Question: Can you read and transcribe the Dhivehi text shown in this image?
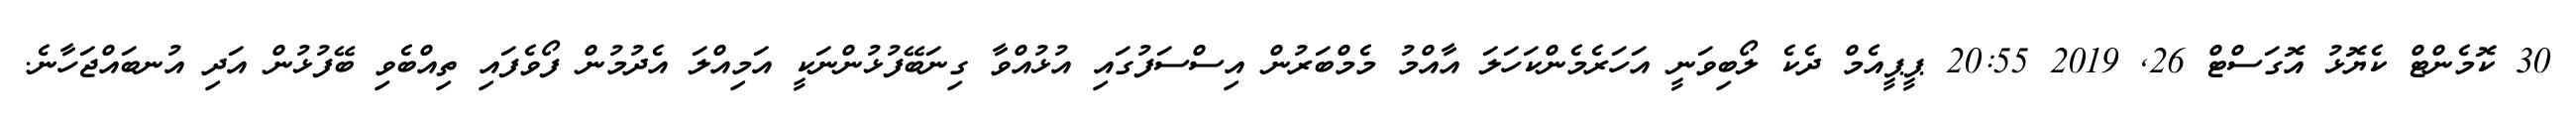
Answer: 30 ކޮމެންޓް ކެޔޮޅު އޮގަސްޓް 26, 2019 20:55 ޕީޕީއެމް ދެކެ ލޯބިވަނީ އަހަރެމެންކަހަލަ އާއްމު މެމްބަރުން އިސްސަފުގައި އުޅުއްވާ ގިނަބޭފުޅުންނަކީ އަމިއްލަ އެދުމުން ފޯވެފައި ތިއްބެވި ބޭފުޅުން އަދި އުނބައްޖަހާނެ.